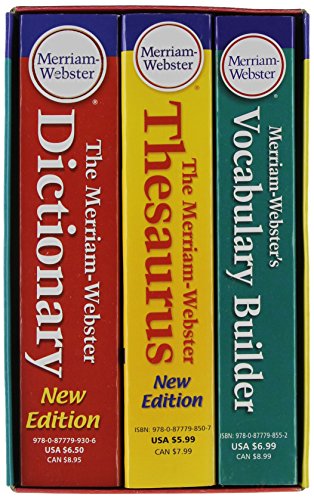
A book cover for Merriam-Webster's Everyday Language Reference Set; Merriam-Webster; Reference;